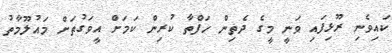
ކައިވެނި ރޫޅިފައި ވަނީ މީގެ ދެތިން ހަފްތާ ކުރިން ކަމަށް އީވަގުތަށް މައުލޫމާތު